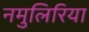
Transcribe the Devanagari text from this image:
नमुलिरिया